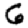
Digit: 6